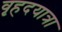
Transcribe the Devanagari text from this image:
वृहदयात्रा